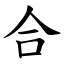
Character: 合